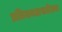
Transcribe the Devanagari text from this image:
प्रतिजनअसलेल्या